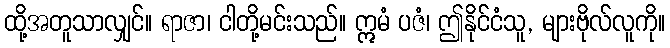
ထို့အတူသာလျှင်။ ရာဇာ၊ ငါတို့မင်းသည်။ ဣမံ ပဇံ၊ ဤနိုင်ငံသူ, များဗိုလ်လူကို။